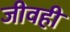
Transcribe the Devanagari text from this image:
जीवही